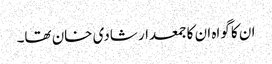
ان کا گواہ ان کا جمعدار شادی خان تھا۔